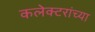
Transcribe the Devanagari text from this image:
कलेक्टरांच्या